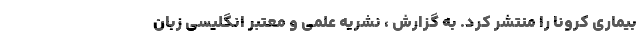
بیماری کرونا را منتشر کرد. به گزارش ، نشریه علمی و معتبر انگلیسی زبان